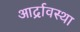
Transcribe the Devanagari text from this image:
आर्द्रावस्था